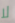
لا